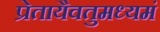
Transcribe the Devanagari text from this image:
प्रेतायैवतुमध्यमं